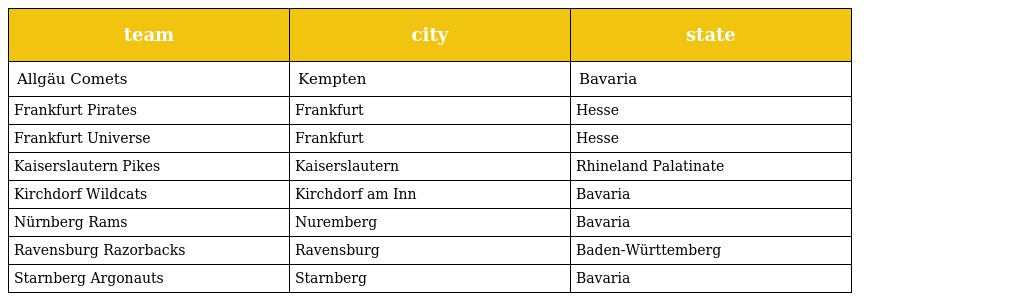
| team | city | state |
 | --- | --- | --- |
 | Allgäu Comets | Kempten | Bavaria |
 | Frankfurt Pirates | Frankfurt | Hesse |
 | Frankfurt Universe | Frankfurt | Hesse |
 | Kaiserslautern Pikes | Kaiserslautern | Rhineland Palatinate |
 | Kirchdorf Wildcats | Kirchdorf am Inn | Bavaria |
 | Nürnberg Rams | Nuremberg | Bavaria |
 | Ravensburg Razorbacks | Ravensburg | Baden-Württemberg |
 | Starnberg Argonauts | Starnberg | Bavaria |